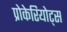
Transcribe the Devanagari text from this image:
प्रोकेरियोट्स